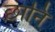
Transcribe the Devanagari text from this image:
छानि